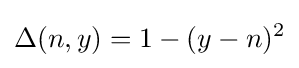
\Delta (n,y)=1-(y-n)^{2}